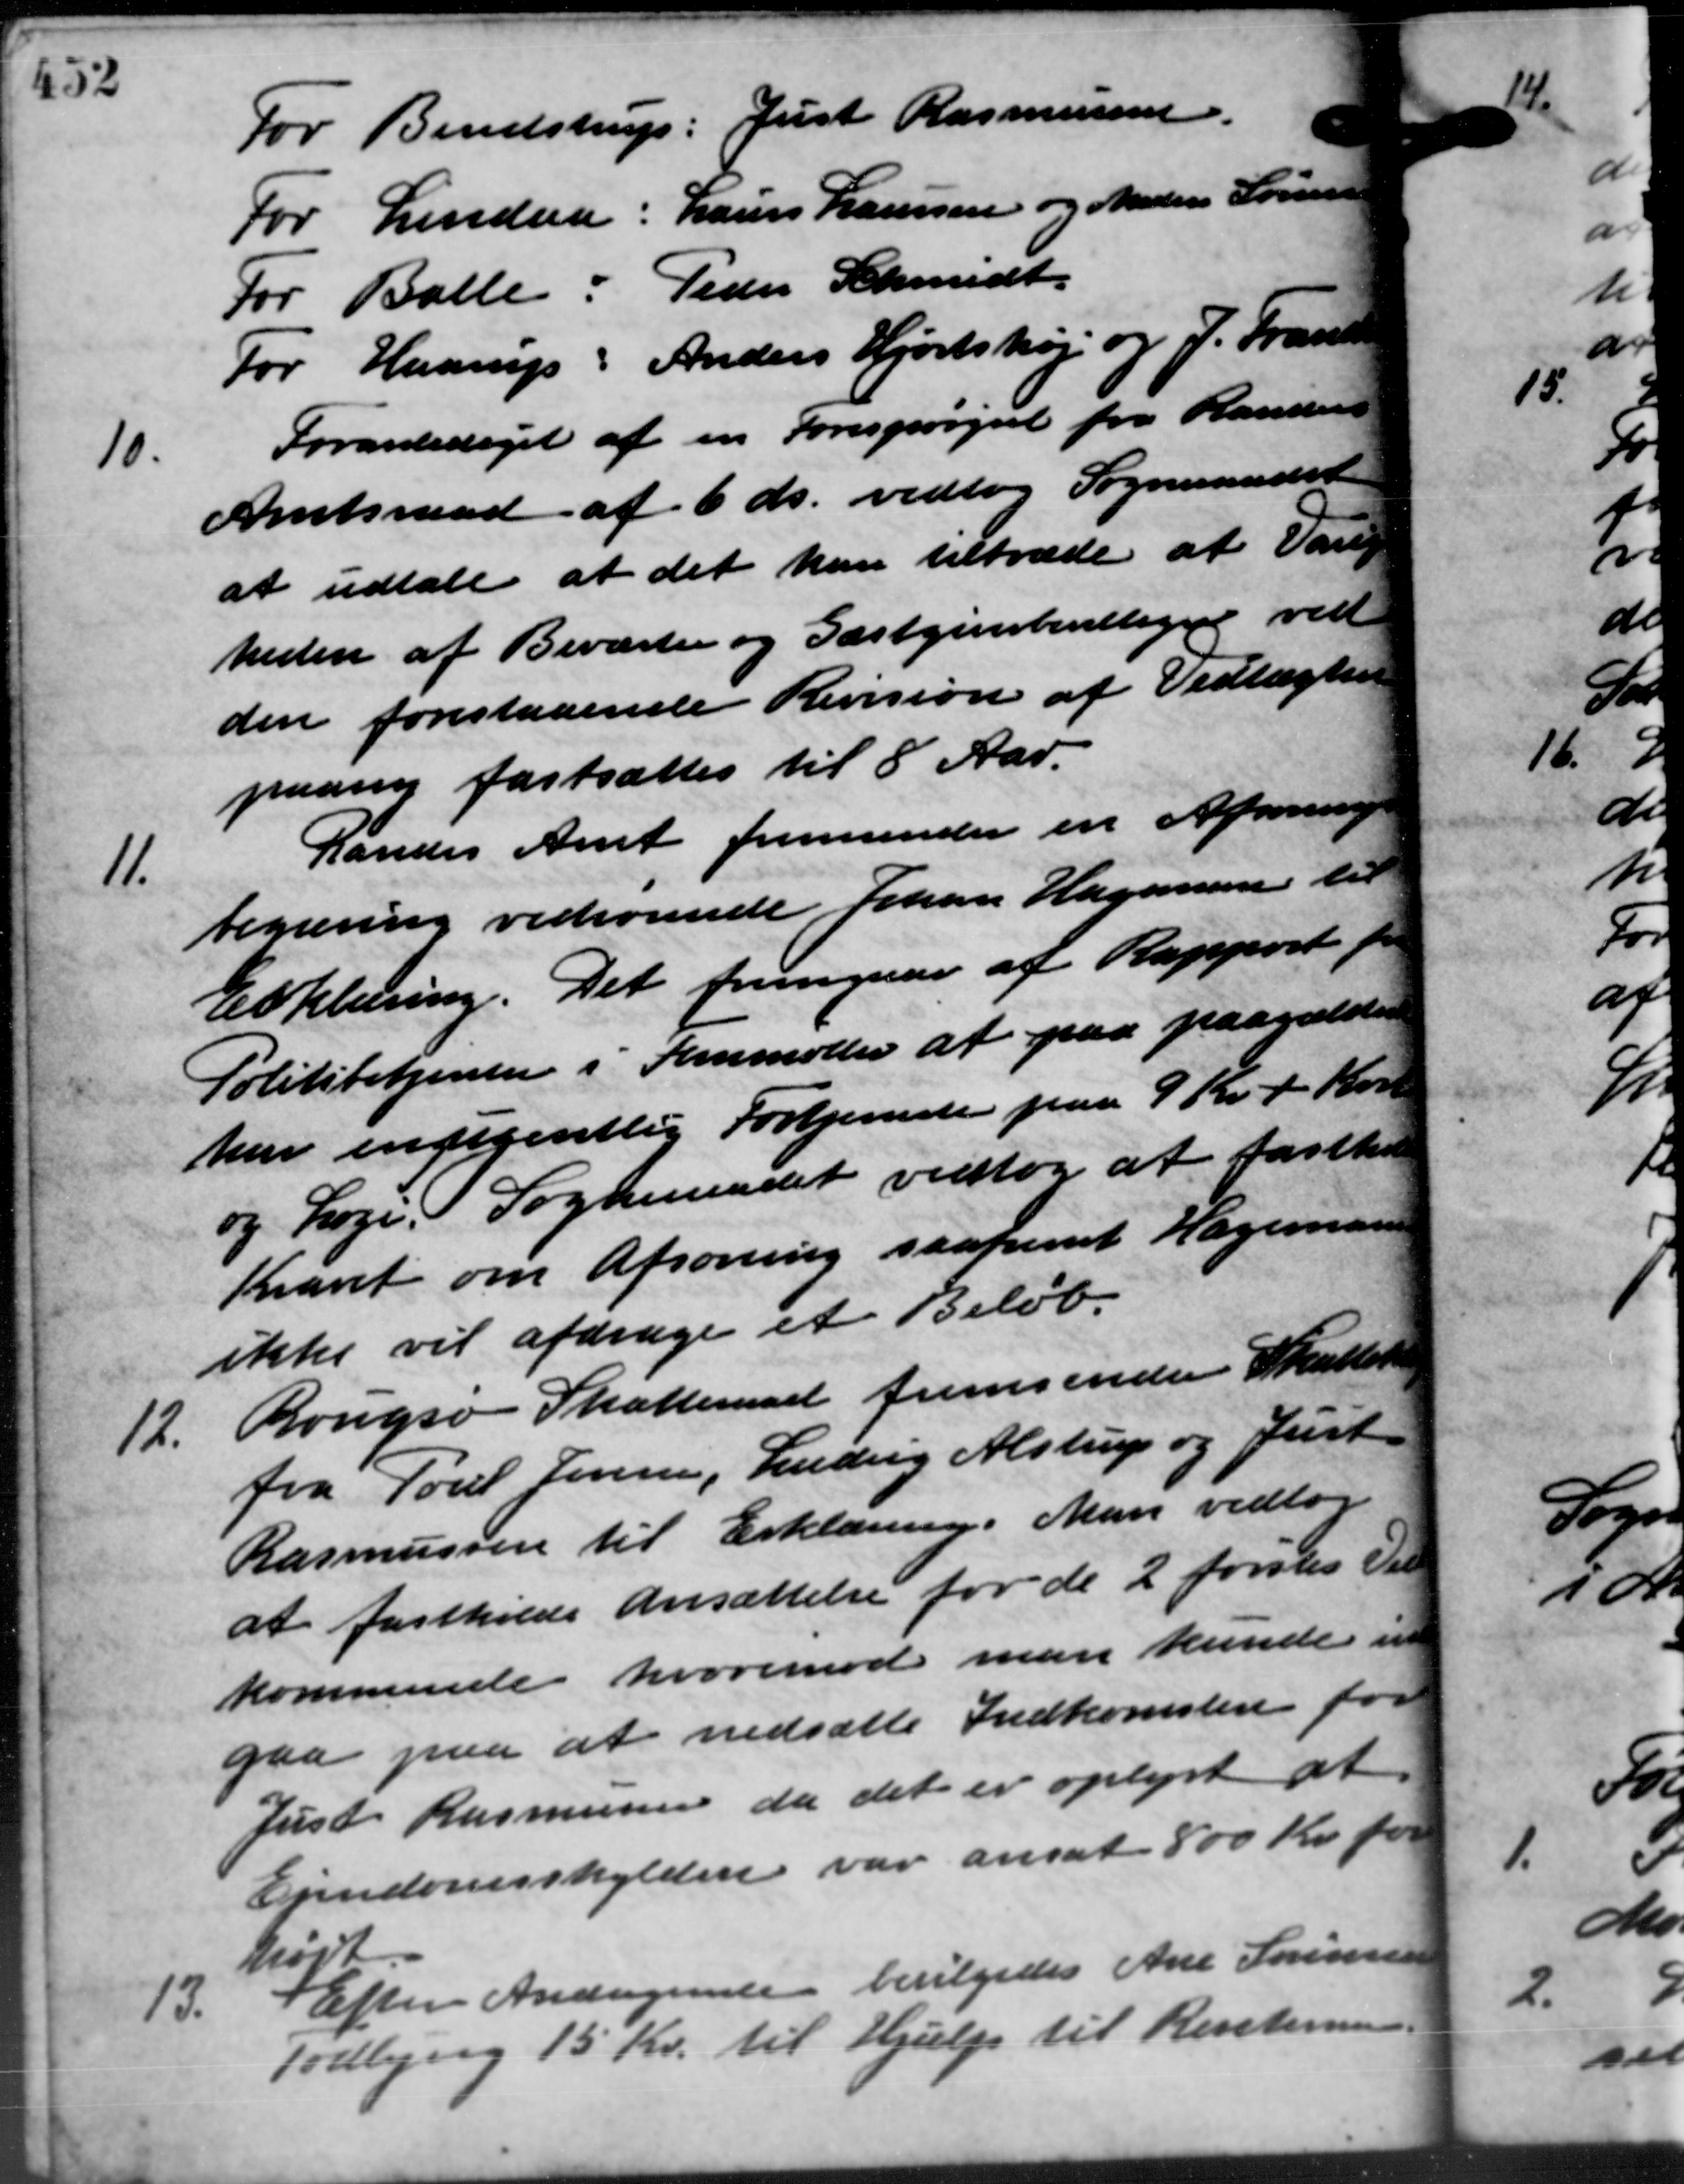
Transskription:
For Bendstrup: Just Rasmussen.
For Lindaa: Laurs Laursen og Anders Sørensen
For Balle: Peder Schmidt
For Haarup: Anders Hjortshøj og J. Fransen
10.
Foranlediget af en Forespørgsel fra Randerse
Amtsraad af 6 ds. vedtog Sogneraadet
at udtale at det kan tiltræde at Vang
heden af Beværter og Gæstgiverbevilligede ved
den forestaaende Revision af Vedtægten
paany fastsættes til 8 Aar.
11.
Randes Amt fremsender en Afsonning
begæring vedrørende Johan Hagnsen til
Erklæring. Det fremgaar af Rapport fra
Politibetjenten i Femmøller at paa paagælder
har ingegentlig Fortjenede paa 9 Kr. + Kort
og Loge. Sogneraadet vedtog at fasthol
varet om Afsoning saafremt Hagemand
ikke vil afdrage et Beløb.
12.
Rougsø Skatteraad fremsender Skatteren
fra Poul Jensen, Ludvig Alstrup og Just
Rasmussen til Erklæring. Man vedtog
at fastkilde Ansættelse for de 2 forsker Til
kommende hvorimod man kunde in
gaa paa at nedsætte Indkomsten for
Just Rasmussen da det er oplyst at
Ejendomsskylden var ansat 800 Kr. for
hødt
13.
Efter Andragende bevilgedes Ane Sørensen
Todbjerg 15 Kr. til Hjælp til Renteman